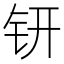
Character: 钘